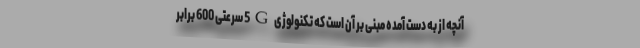
آنچه از به دست آمده مبنی بر آن است که تکنولوژی 5G سرعتی 600 برابر